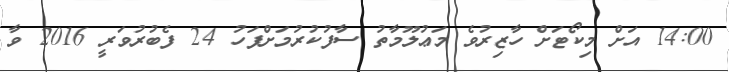
14:00 އަށް މިކޯޓަށް ހާޒިރުވެ މަޢުލޫމާތު ސާފުކުރުމަށްފަހު 24 ފެބުރުވަރީ 2016 ވާ